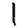
Digit: 1